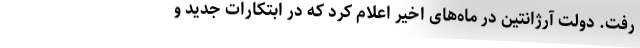
رفت. دولت آرژانتین در ماه‌های اخیر اعلام کرد که در ابتکارات جدید و